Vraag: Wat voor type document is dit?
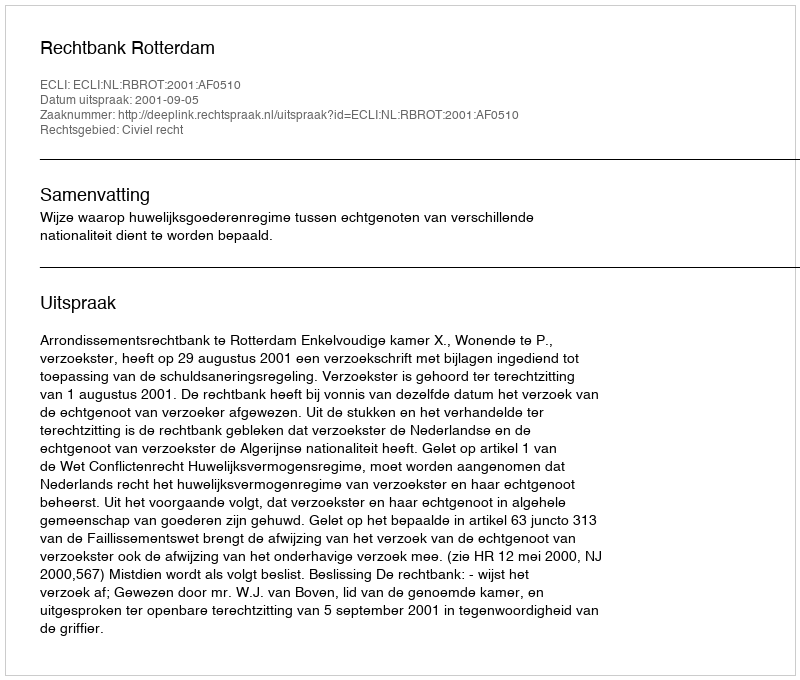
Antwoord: Uitspraak